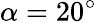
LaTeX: \alpha=20^{\circ}